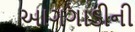
આગગાડીની